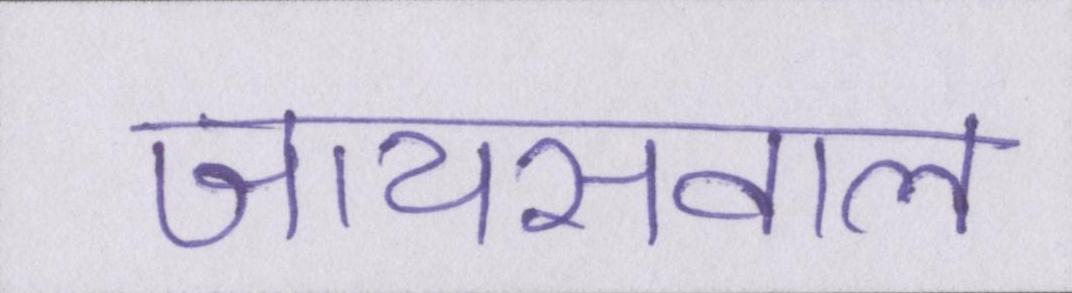
जायसवाल